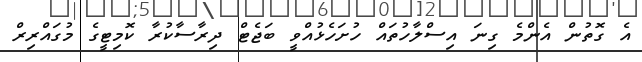
އެ ގޮތުން އެންމެ ގިނަ އިސްލާހުތައް ހުށަހެޅުއްވީ ބަޖެޓް ދިރާސާކުރާ ކޮމިޓީީގެ މުގައްރިރް